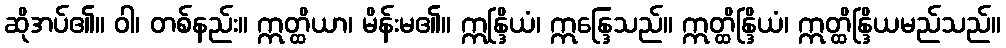
ဆိုအပ်၏။ ဝါ၊ တစ်နည်း။ ဣတ္ထိယာ၊ မိန်းမ၏။ ဣန္ဒြိယံ၊ ဣန္ဒြေသည်။ ဣတ္ထိန္ဒြိယံ၊ ဣတ္ထိန္ဒြိယမည်သည်။